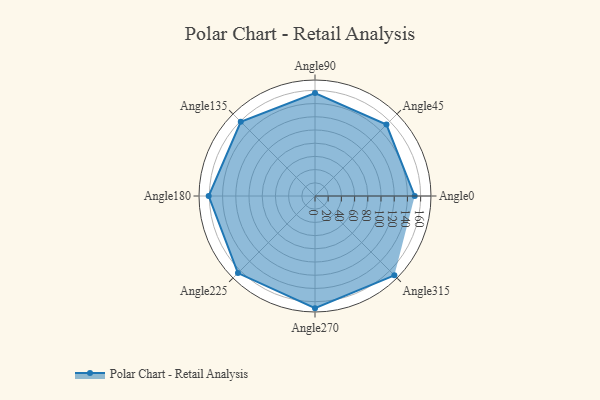
{"axis": {"x": "Angle", "y": "Radius"}, "legend": [""], "data": [{"x": "Angle0", "y": 151.0, "type": ""}, {"x": "Angle45", "y": 153.0, "type": ""}, {"x": "Angle90", "y": 156.0, "type": ""}, {"x": "Angle135", "y": 159.0, "type": ""}, {"x": "Angle180", "y": 161.0, "type": ""}, {"x": "Angle225", "y": 165.0, "type": ""}, {"x": "Angle270", "y": 170.0, "type": ""}, {"x": "Angle315", "y": 170, "type": ""}]}